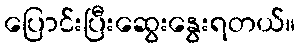
ပြောင်းပြီးဆွေးနွေးရတယ်။